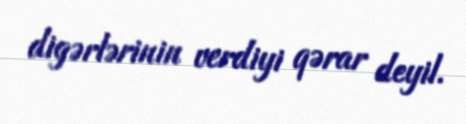
digərlərinin verdiyi qərar deyil.